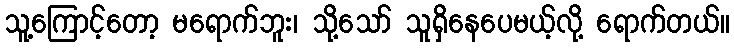
သူ့ကြောင့်တော့ မရောက်ဘူး၊ သို့သော် သူရှိနေပေမယ့်လို့ ရောက်တယ်။